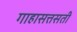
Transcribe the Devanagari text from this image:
गाहासत्तसती